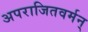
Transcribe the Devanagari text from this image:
अपराजितवर्मन्